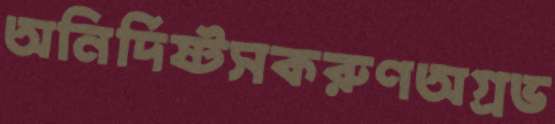
অনির্দিষ্টসকরুণঅগ্রভ